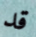
قد